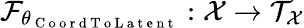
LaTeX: \mathcal{F}_{\theta_{\mathrm{~C~o~o~r~d~T~o~L~a~t~e~n~t~}}}:\mathcal{X}\to\mathcal{T}_{\mathcal{X}}